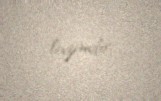
lazımdır.